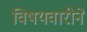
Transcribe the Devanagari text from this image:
विषयवारीने